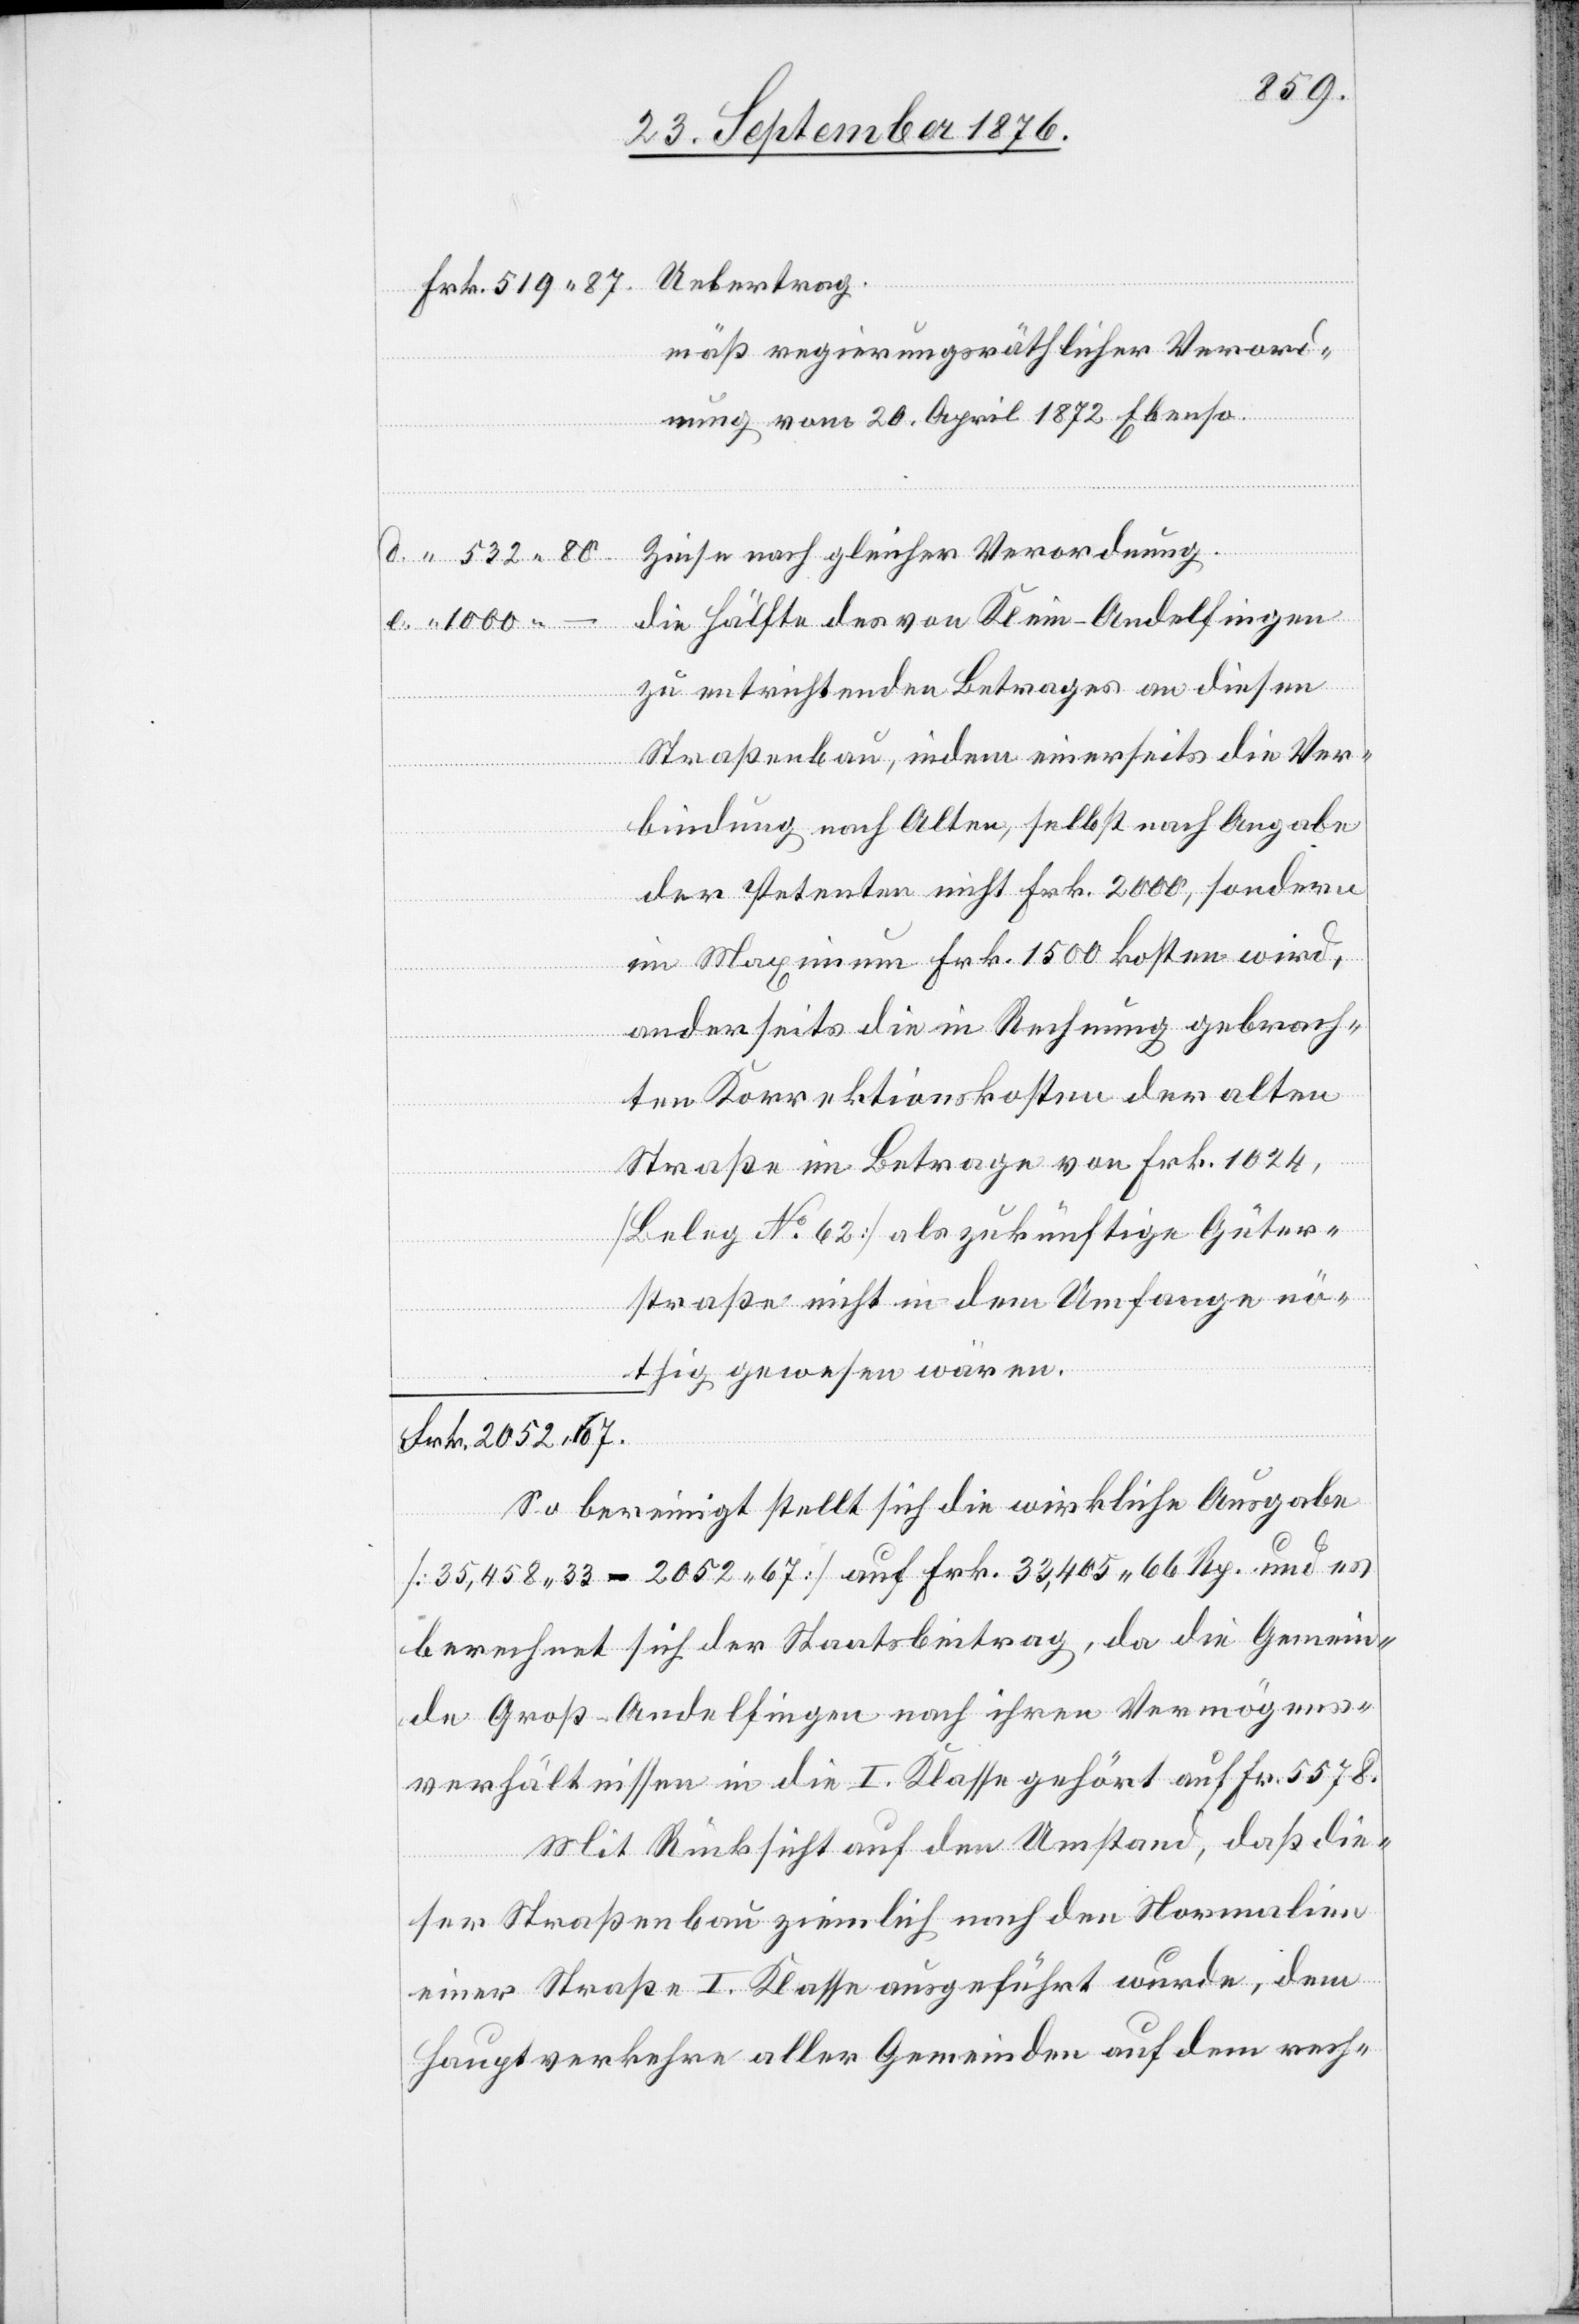
mäß regierungsräthlicher Verord¬
nung vom 20. April 1872 Ebenso.
Zinse nach gleicher Verordnung.
die Hälfte des von Klein-Andelfingen
1000 –
zu entrichtenden Betrages an diesen
Straßenbau indem einerseits die Ver¬
bindung nach Alten, selbst nach Angabe
der Petenten nicht Frk. 2000, sondern
im Maximum Frk. 1500 kosten wird,
anderseits die in Rechnung gebrach¬
ten Korrektionskosten der alten
Straße im Betrage von Frk. 1024,
[Beleg No 62] als zukünftige Güter¬
straße nicht in dem Umfange nö¬
thig gewesen wären.
So bereinigt stellt sich die wirkliche Ausgabe
[35,458 33 - 2052 67] auf Frk. 33,405 66 Rp. und es
berechnet sich der Staatsbeitrag, da die Gemein¬
de Groß-Andelfingen nach ihren Vermögens¬
verhältnissen in die I. Klasse gehört auf Fr. 5578.
Mit Rücksicht auf den Umstand, daß die¬
ser Straßenbau ziemlich nach den Normalien
einer Straße I. Klasse ausgeführt wurde, dem
Hauptverkehre aller Gemeinden auf dem rech-